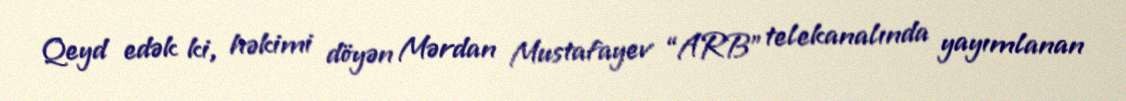
Qeyd edək ki, həkimi döyən Mərdan Mustafayev “ARB” telekanalında yayımlanan